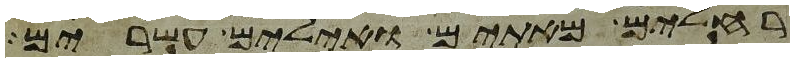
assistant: רחלים מאתים ואילים עשרים